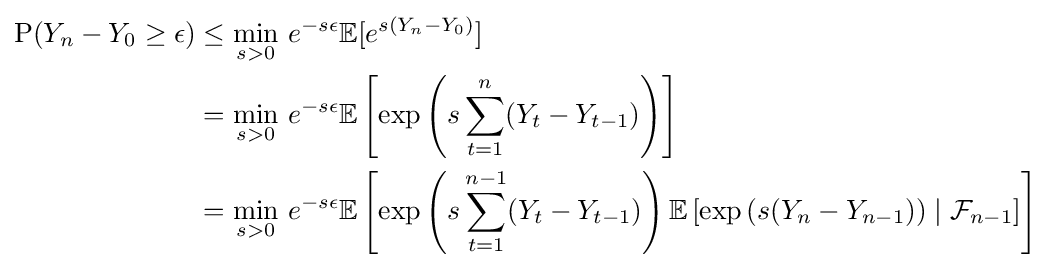
{\begin{aligned}{\text{P}}(Y_{n}-Y_{0}\geq \epsilon )&\leq {\underset {s>0}{\min }}\ e^{-s\epsilon }\mathbb {E} [e^{s(Y_{n}-Y_{0})}]\\&={\underset {s>0}{\min }}\ e^{-s\epsilon }\mathbb {E} \left[\exp \left(s\sum _{t=1}^{n}(Y_{t}-Y_{t-1})\right)\right]\\&={\underset {s>0}{\min }}\ e^{-s\epsilon }\mathbb {E} \left[\exp \left(s\sum _{t=1}^{n-1}(Y_{t}-Y_{t-1})\right)\mathbb {E} \left[\exp \left(s(Y_{n}-Y_{n-1})\right)\mid {\mathcal {F}}_{n-1}\right]\right]\end{aligned}}